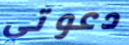
دعوتي